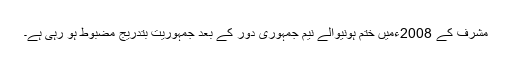
مشرف کے 2008ءمیں ختم ہونیوالے نیم جمہوری دور کے بعد جمہوریت بتدریج مضبوط ہو رہی ہے۔